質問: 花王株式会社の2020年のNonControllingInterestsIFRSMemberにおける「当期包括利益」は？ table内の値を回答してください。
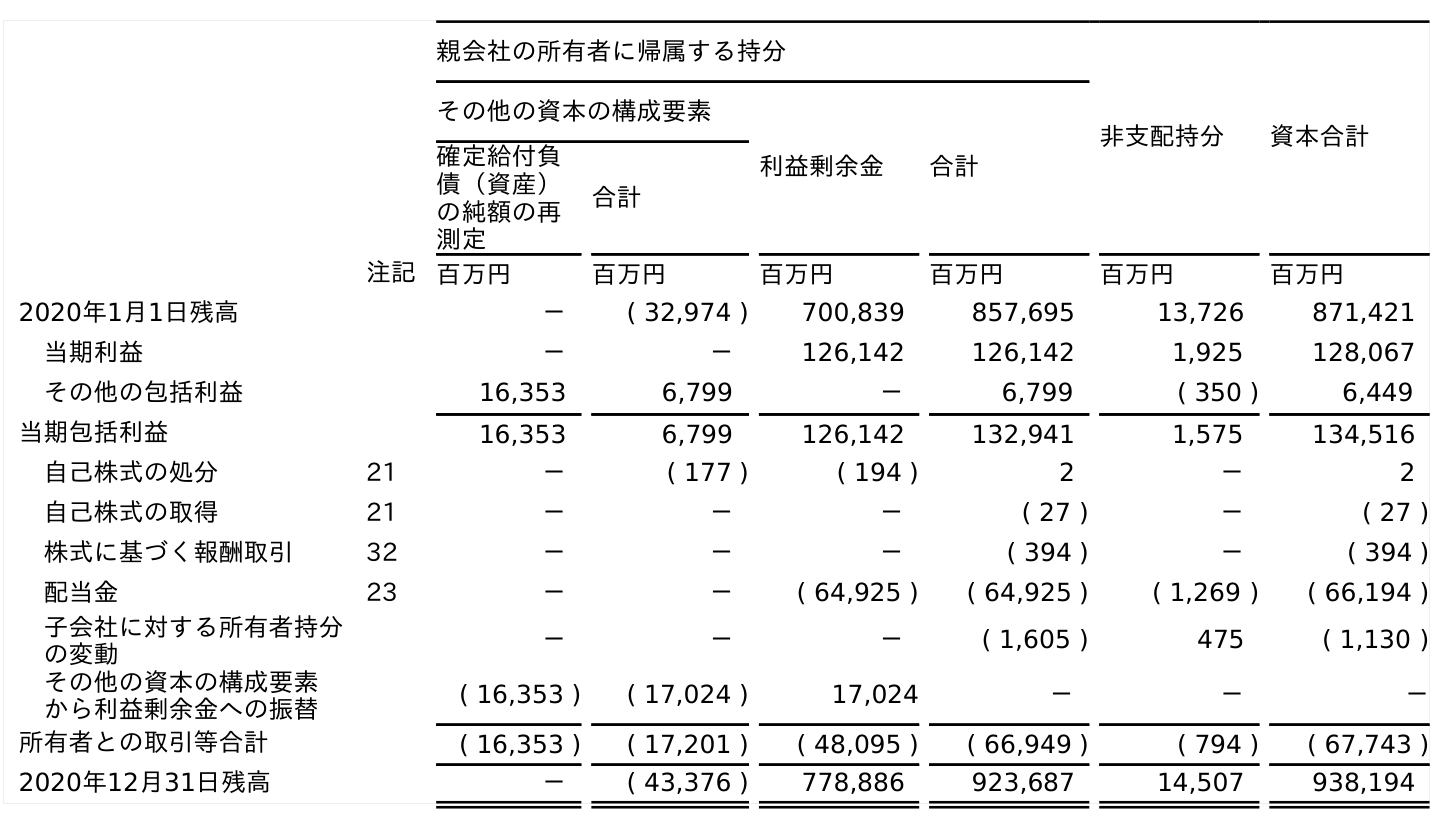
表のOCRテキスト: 親会社の所有者に帰属する持分 非支配持分 資本合計 その他の資本の構成要素 利益剰余金 合計 確定給付負 債（資産） の純額の再 測定 合計 注記 百万円 百万円 百万円 百万円 百万円 百万円 2020年1月1日残高 － ( 32,974 ) 700,839 857,695 13,726 871,421 当期利益 － － 126,142 126,142 1,925 128,067 その他の包括利益 16,353 6,799 － 6,799 ( 350 ) 6,449 当期包括利益 16,353 6,799 126,142 132,941 1,575 134,516 自己株式の処分 21 － ( 177 ) ( 194 ) 2 － 2 自己株式の取得 21 － － － ( 27 ) － ( 27 ) 株式に基づく報酬取引 32 － － － ( 394 ) － ( 394 ) 配当金 23 － － ( 64,925 ) ( 64,925 ) ( 1,269 ) ( 66,194 ) 子会社に対する所有者持分 の変動 － － － ( 1,605 ) 475 ( 1,130 ) その他の資本の構成要素 から利益剰余金への振替 ( 16,353 ) ( 17,024 ) 17,024 － － － 所有者との取引等合計 ( 16,353 ) ( 17,201 ) ( 48,095 ) ( 66,949 ) ( 794 ) ( 67,743 ) 2020年12月31日残高 － ( 43,376 ) 778,886 923,687 14,507 938,194
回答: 1,575